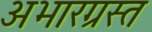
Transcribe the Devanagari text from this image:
अभारग्रस्त